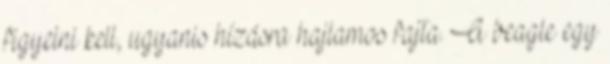
figyelni kell, ugyanis hízásra hajlamos fajta. A beagle egy